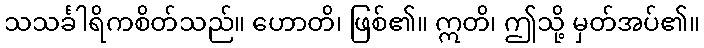
သသင်္ခါရိကစိတ်သည်။ ဟောတိ၊ ဖြစ်၏။ ဣတိ၊ ဤသို့ မှတ်အပ်၏။